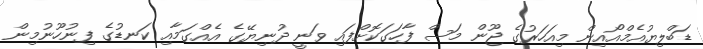
ޑަބްލިޔުއެމްއޯއިން މިއަހަރުގެ ޖޫން މަސް ފާހަގަކޮށްފައި ވަނީ ދުނިޔޭގެ އެއްގަމާއި ކަނޑުގެ ފިނުހޫނުމިން